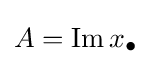
A=\operatorname {Im} x_{\bullet }